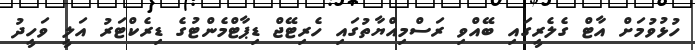
ހުޅުވުމަށް އާޓް ގެލެރީގައި ބޭއްވި ރަސްމިއްޔާތުގައި ހެރިޓޭޖް ޑިޕާޓްމެންޓުގެ ޑިރެކްޓަރު އަލީ ވަހީދު